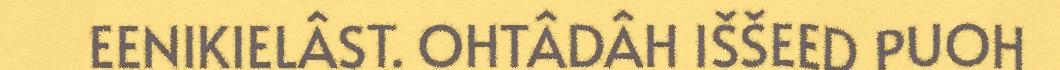
EENIKIELÂST. OHTÂDÂH IŠŠEED PUOH